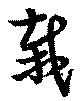
栽